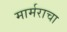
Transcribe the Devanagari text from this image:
मार्मराचा